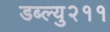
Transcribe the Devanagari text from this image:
डब्ल्यु२११